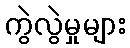
ကွဲလွဲမှုများ